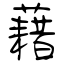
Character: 藉